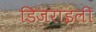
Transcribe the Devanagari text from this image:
डिजराइली